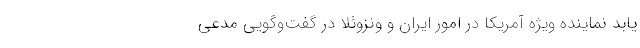
یابد نماینده ویژه آمریکا در امور ایران و ونزوئلا در گفت‌وگویی مدعی